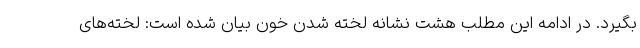
بگیرد. در ادامه این مطلب هشت نشانه لخته شدن خون بیان شده است: لخته‌های